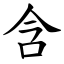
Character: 含